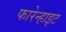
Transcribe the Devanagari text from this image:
फारेन्हाइट